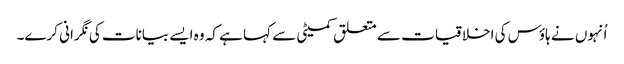
اُنہوں نے ہاؤس کی اخلاقیات سے متعلق کمیٹی سے کہا ہے کہ وہ ایسے بیانات کی نگرانی کرے۔